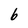
Character: 6